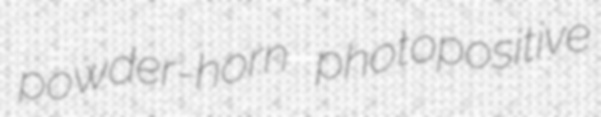
powder-horn photopositive